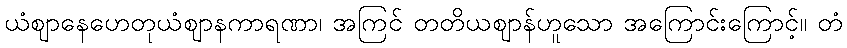
ယံဈာနေဟေတုယံဈာနကာရဏာ၊ အကြင် တတိယဈာန်ဟူသော အကြောင်းကြောင့်။ တံ